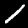
Digit: 1